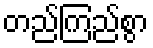
တည်ကြည်စွာ